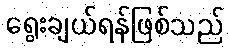
ရွေးချယ်ရန်ဖြစ်သည်